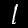
Label: 1